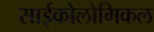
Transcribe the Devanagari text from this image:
साईकोलोगिकल